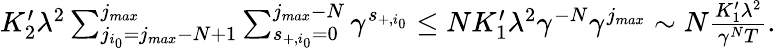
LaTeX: \begin{array}{r}{K_{2}^{\prime}\lambda^{2}\sum_{j_{i_{0}}=j_{max}-N+1}^{j_{max}}\sum_{s_{+,{i_{0}}}=0}^{j_{max}-N}\gamma^{s_{+,{i_{0}}}}\le NK_{1}^{\prime}\lambda^{2}\gamma^{-N}\gamma^{j_{max}}\sim N\frac{K_{1}^{\prime}\lambda^{2}}{\gamma^{N}T}.}\end{array}